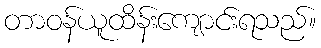
တာဝန်ယူထိန်းကျောင်းရသည်။